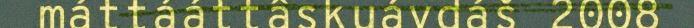
máttááttâskuávdáš 2008